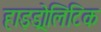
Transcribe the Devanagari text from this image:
हाइड्रोलिटिक